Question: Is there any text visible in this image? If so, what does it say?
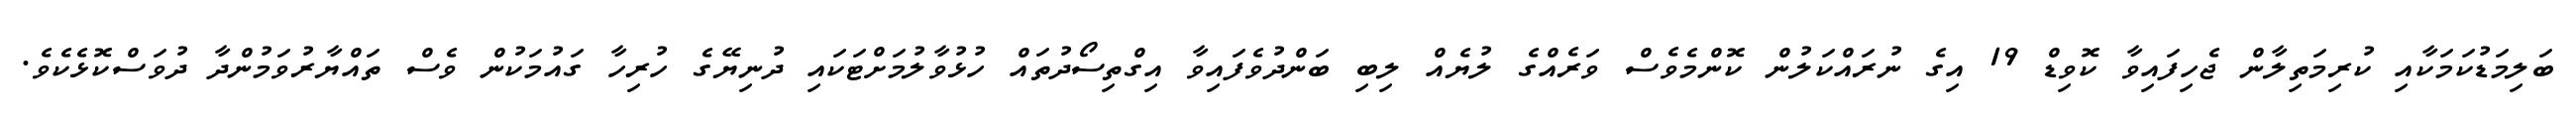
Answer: ބަލިމަޑުކަމަކާއި ކުރިމަތިލާން ޖެހިފައިވާ ކޮވިޑް 19 އިގެ ނުރައްކަލުން ކޮންމެވެސް ވަރެއްގެ ލުޔެއް ލިބި ބަންދުވެފައިވާ އިގްތިސޯދުތައް ހުޅުވާލުމަށްޓަކައި ދުނިޔޭގެ ހުރިހާ ގައުމަކުން ވެސް ތައްޔާރުވަމުންދާ ދުވަސްކޮޅެކެވެ.